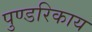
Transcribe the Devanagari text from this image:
पुण्डरिकाय